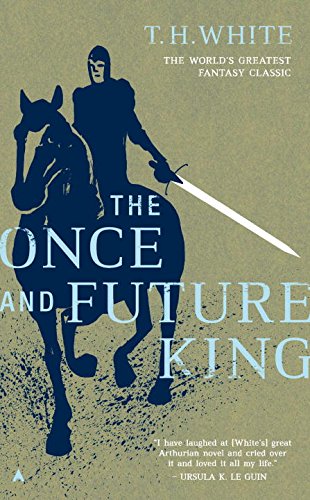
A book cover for The Once and Future King; Terence Hanbury White; Science Fiction & Fantasy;